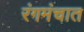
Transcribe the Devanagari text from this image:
रंगमंचात